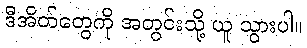
ဒီအိတ်တွေကို အတွင်းသို့ ယူ သွားပါ။